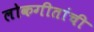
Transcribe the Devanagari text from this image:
लोकगीतांची